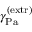
\gamma _ { \mathrm { { P a } } } ^ { \mathrm { { ( e x t r ) } } }